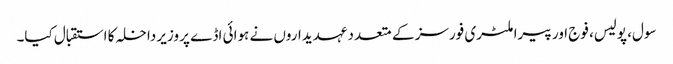
سول، پولیس، فوج اور پیرا ملٹری فورسز کے متعدد عہدیداروں نے ہوائی اڈے پر وزیر داخلہ کا استقبال کیا۔